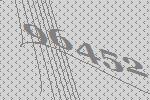
96452